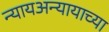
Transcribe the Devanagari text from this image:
न्यायअन्यायाच्या